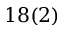
1 8 ( 2 )